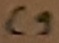
Text: C9